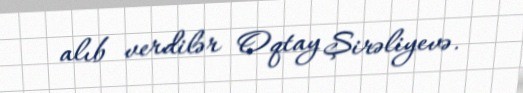
alıb verdilər Oqtay Şirəliyevə.